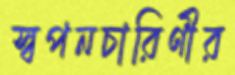
স্বপনচারিণীর